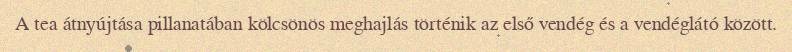
A tea átnyújtása pillanatában kölcsönös meghajlás történik az első vendég és a vendéglátó között.